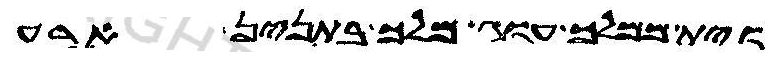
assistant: וית ממלכת עוג מלך בתנין ארע